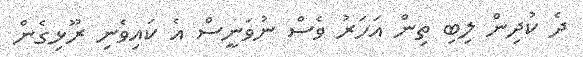
ދެ ކުދިން ލިބި ތިން އަހަރު ވެސް ނުވަނީސް އެ ކައިވެނި ރޫޅިގެން